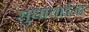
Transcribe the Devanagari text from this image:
सुधाताईना